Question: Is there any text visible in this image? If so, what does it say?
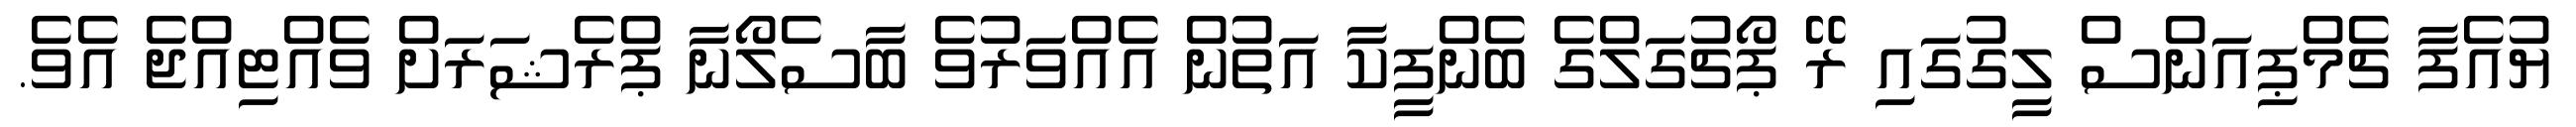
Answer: ޔުއެފާ ޗެމްޕިއަންސް ލީގުގައި ރޭ ޕޯޗުގަލްގެ ބެންފީކާ އަތުން އެއްވަރުވެ ބާސެލޯނާ ޕްރެޝަރަށް ވެއްޓިއްޖެ އެވެ.